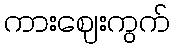
ကားဈေးကွက်